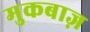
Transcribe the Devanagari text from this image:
मुकबाज़